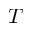
T